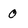
Character: 0